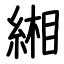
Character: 緗